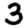
Digit: 3